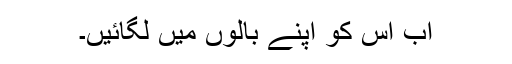
اب اس کو اپنے بالوں میں لگائیں۔